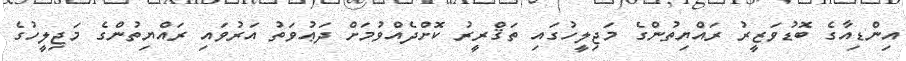
އިންޑިއާގެ ބޮޑުވަޒީރު ރައްޔިތުންގެ މަޖިލީހުގައި ތަޤްރީރު ކޮށްދެއްވުމަށް ދަޢުވަތު އަރުވައި ރައްޔިތުންގެ މަޖިލީހުގެ